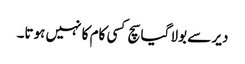
دیر سے بولا گیا سچ کسی کام کا نہیں ہوتا۔